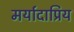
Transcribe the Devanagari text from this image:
मर्यादाप्रिय